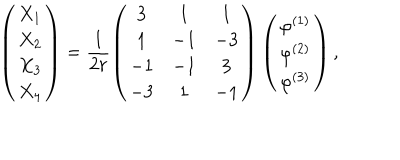
\left( \begin{matrix} { { X _ { 1 } } } \\ { { X _ { 2 } } } \\ { { X _ { 3 } } } \\ { { X _ { 4 } } } \\ \end{matrix} \right) = \frac { 1 } { 2 r } \left( \begin{matrix} { { 3 } } & { { 1 } } & { { 1 } } \\ { { 1 } } & { { - 1 } } & { { - 3 } } \\ { { - 1 } } & { { - 1 } } & { { 3 } } \\ { { - 3 } } & { { 1 } } & { { - 1 } } \\ \end{matrix} \right) \left( \begin{matrix} { { \varphi ^ { ( 1 ) } } } \\ { { \varphi ^ { ( 2 ) } } } \\ { { \varphi ^ { ( 3 ) } } } \\ \end{matrix} \right) ,